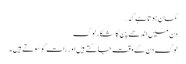
گمان ہوتا ہے کہ…
دن میں اندھے پن کا شکار لوگ
لوگ دن کے وقت جاگتے ہیں اور رات کو سوتے ہیں ۔